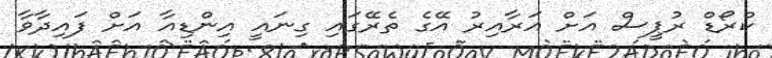
ކްރޯޑް ރުޕީސް އަށް އަރާއިރު އޭގެ ތެރޭގައި ގިނައީ އިންޑިއާ އަށް ފައިދާވާ